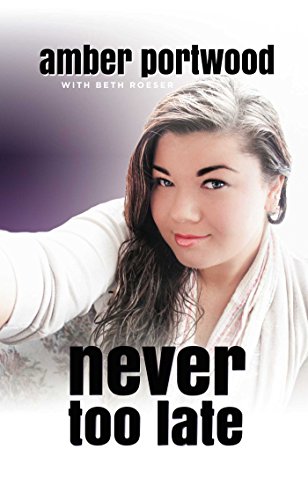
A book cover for Never Too Late; Amber Portwood; Parenting & Relationships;